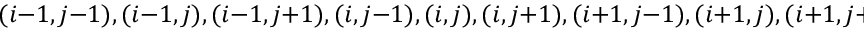
( i - 1 , j - 1 ) , ( i - 1 , j ) , ( i - 1 , j + 1 ) , ( i , j - 1 ) , ( i , j ) , ( i , j + 1 ) , ( i + 1 , j - 1 ) , ( i + 1 , j ) , ( i + 1 , j + 1 )